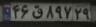
۴۶ق۸۹۷۲۹